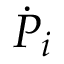
{ \dot { P } } _ { i }